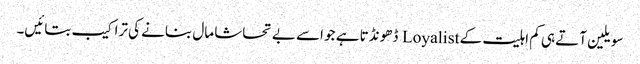
سویلین آتے ہی کم اہلیت کے Loyalist ڈھونڈتا ہے جو اسے بے تحاشا مال بنانے کی تراکیب بتائیں۔